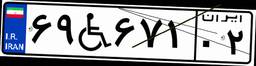
۶۹W۶۷۱۰۲